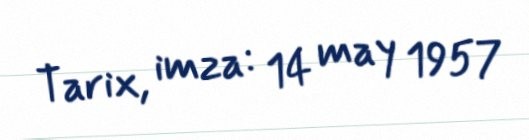
Tarix, imza: 14 may 1957